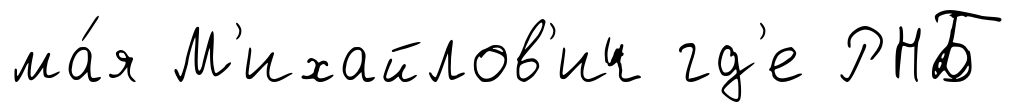
ма́я М'ихайлов'ич гд'е РНБ